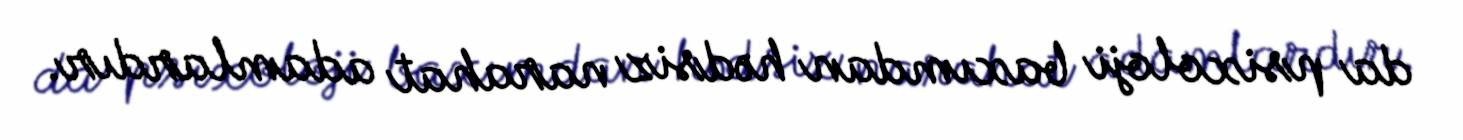
da psixoloji baxımdan hədsiz narahat adamlardır.